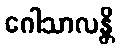
ဂေါသာလန္တိ